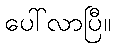
ပေါ်လာပြီ။